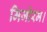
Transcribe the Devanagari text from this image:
मिजोरम।